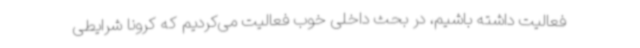
فعالیت داشته باشیم، در بحث داخلی خوب فعالیت می‌کردیم که کرونا شرایطی